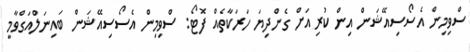
ސްވިމިން އެސޯސިއޭޝަން އިން ކުރިއަށް ގެންދިޔަ ހަރަކާތެއް ފޮޓޯ: ސްވިމިން އެސޯސިއޭޝަން ބައިނަލްއަގްވާމީ